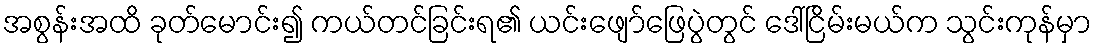
အစွန်းအထိ ခုတ်မောင်း၍ ကယ်တင်ခြင်းရ၏ ယင်းဖျော်ဖြေပွဲတွင် ဒေါ်ငြိမ်းမယ်က သွင်းကုန်မှာ